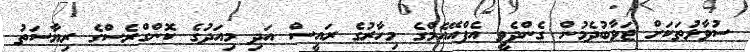
ސުވާލުތަކަށް ޖަވާބުދެމުން ގެންދެވީ އެފްއޭއެމްގެ މިހާރުގެ ރައީސް އަދި މިއަދުގެ ކޮންގްރެސްގެ ރިޔާސަތު